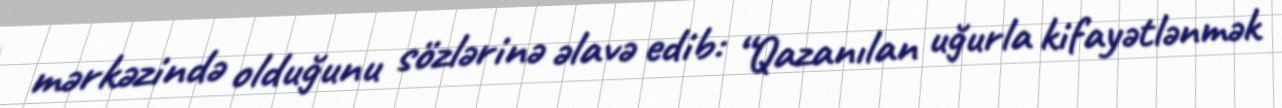
mərkəzində olduğunu sözlərinə əlavə edib: “Qazanılan uğurla kifayətlənmək